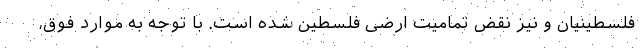
فلسطینیان و نیز نقض تمامیت ارضی فلسطین شده است. با توجه به موارد فوق،